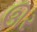
ઊર